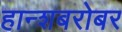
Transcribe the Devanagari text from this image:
हान्शबरोबर